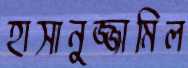
হাসানুজ্জামিল